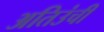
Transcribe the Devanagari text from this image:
अतिउंची